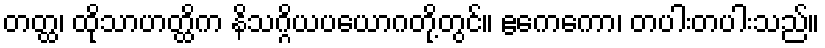
တတ္ထ၊ ထိုသာဟတ္ထိက နိသဂ္ဂိယပယောဂတို့တွင်။ ဧကေကော၊ တပါးတပါးသည်။